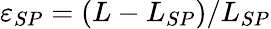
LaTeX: \varepsilon_{SP}=(L-L_{SP})/L_{SP}